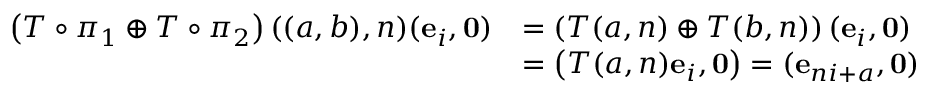
\begin{array} { r l } { \left( T \circ \pi _ { 1 } \oplus T \circ \pi _ { 2 } \right) ( ( a , b ) , n ) ( \mathbf { e } _ { i } , \mathbf { 0 } ) } & { = \left( T ( a , n ) \oplus T ( b , n ) \right) ( \mathbf { e } _ { i } , \mathbf { 0 } ) } \\ & { = \left( T ( a , n ) \mathbf { e } _ { i } , \mathbf { 0 } \right) = ( \mathbf { e } _ { n i + a } , \mathbf { 0 } ) } \end{array}